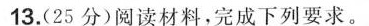
13.(25分)阅读材料，完成下列要求。